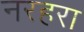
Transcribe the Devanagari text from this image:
नरहरा